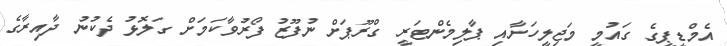
އެމްޑީޕީގެ ގައުމީ މަޖިލީހަށާއި ޕާލިމެންޓަރީ ގްރޫޕަށް ނުފޫޒު ފޯރުވާކަމަށް ގަލޮޅު ދެކުނު ދާއިރާގެ